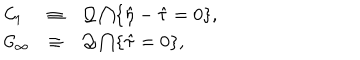
\begin{array} { l c l } { { { \cal C } _ { 1 } } } & { { \equiv } } & { { { \cal Q } \bigcap \{ \hat { \eta } - \hat { \tau } = 0 \} , } } \\ { { { \cal C } _ { \infty } } } & { { \equiv } } & { { { \cal Q } \bigcap \{ \hat { \tau } = 0 \} , } } \\ \end{array}